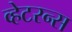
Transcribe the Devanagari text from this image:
व्हेटरन्स